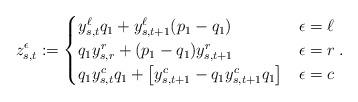
LaTeX: \begin{align*}z_{s,t}^\epsilon :=\begin{cases} y^\ell_{s,t}q_1+ y^\ell_{s,t+1}(p_1 - q_1) &\epsilon=\ell\\q_1y_{s,r}^r + (p_1-q_1)y_{s,t+1}^r &\epsilon=r\\q_1y^c_{s,t} q_1 + \left[ y_{s,t+1}^c - q_1 y_{s,t+1}^c q_1\right] &\epsilon=c\end{cases}.\end{align*}